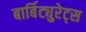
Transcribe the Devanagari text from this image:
बार्बिट्युरेट्स